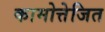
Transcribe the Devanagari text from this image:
कामोत्तेजित